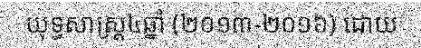
យុទ្ធសាស្ត្រ៤ឆ្នាំ (២០១៣-២០១៦) ដោយ